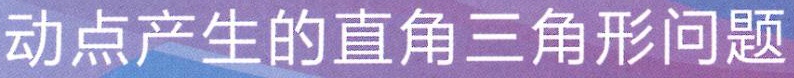
动点产生的直角三角形问题